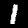
Digit: 1